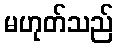
မဟုတ်သည်